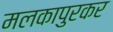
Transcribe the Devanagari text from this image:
मलकापुरकर